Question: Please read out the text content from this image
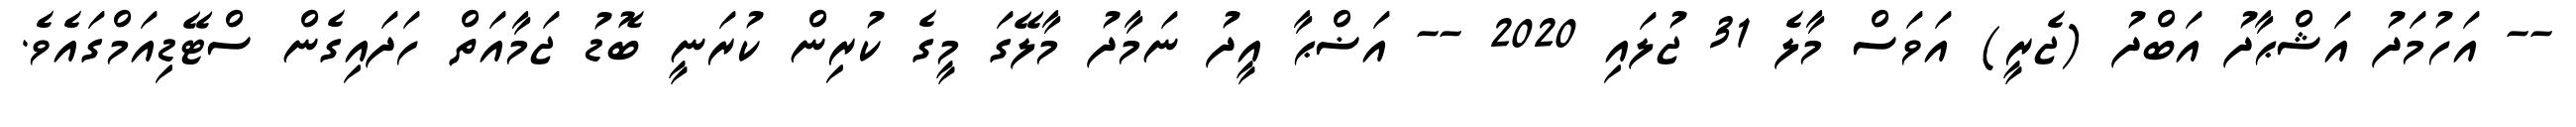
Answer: -- އަހުމަދު އަޝްޙާދު އަބްދު (ޖެރީ) އަވަސް މާލެ 31 ޖުލައި 2020 -- އަޟްޙާ އީދު ނަމާދު މާލޭގަ މީގެ ކުރިން ކުރަނީ ބޮޑު ޖަމާއަތް ހަދައިގެން ސްޓޭޑިއަމްގައެވެ.